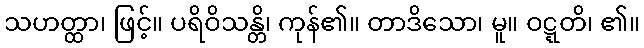
သဟတ္ထာ၊ ဖြင့်။ ပရိဝိသန္တိ၊ ကုန်၏။ တာဒိသော၊ မူ။ ဝဋ္ဋတိ၊ ၏။